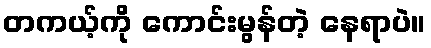
တကယ့်ကို ကောင်းမွန်တဲ့ နေရာပဲ။